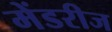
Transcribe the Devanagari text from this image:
मेंडरीज